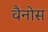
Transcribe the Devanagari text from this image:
वैनोस